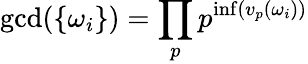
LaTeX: \displaystyle\gcd(\{ \omega_{i}\} )\displaystyle=\prod_{p}p^{\operatorname*{inf}(v_{p}(\omega_{i}))}